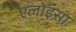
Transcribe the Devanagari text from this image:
एलोइसा